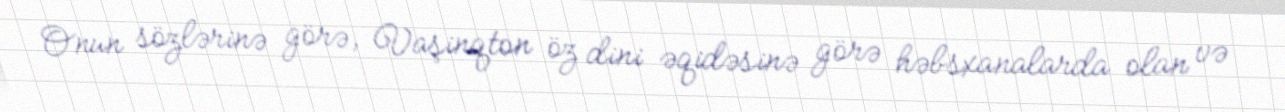
Onun sözlərinə görə, Vaşinqton öz dini əqidəsinə görə həbsxanalarda olan və